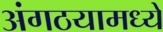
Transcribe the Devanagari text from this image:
अंगठयामध्ये